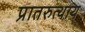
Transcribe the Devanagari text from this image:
प्रातरुत्थाय